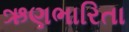
ઋણભારિતા